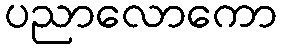
ပညာလောကော